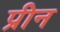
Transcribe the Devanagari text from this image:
प्रीन